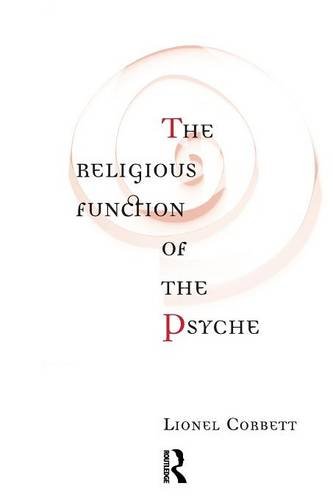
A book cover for The Religious Function of the Psyche; Lionel Corbett; Religion & Spirituality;